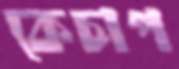
কেচাপ